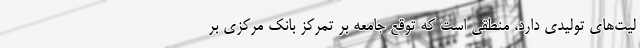
لیت‌های تولیدی دارد، منطقی است که توقع جامعه بر تمرکز بانک مرکزی بر